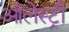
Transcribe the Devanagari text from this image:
ऑलेस्ट्री